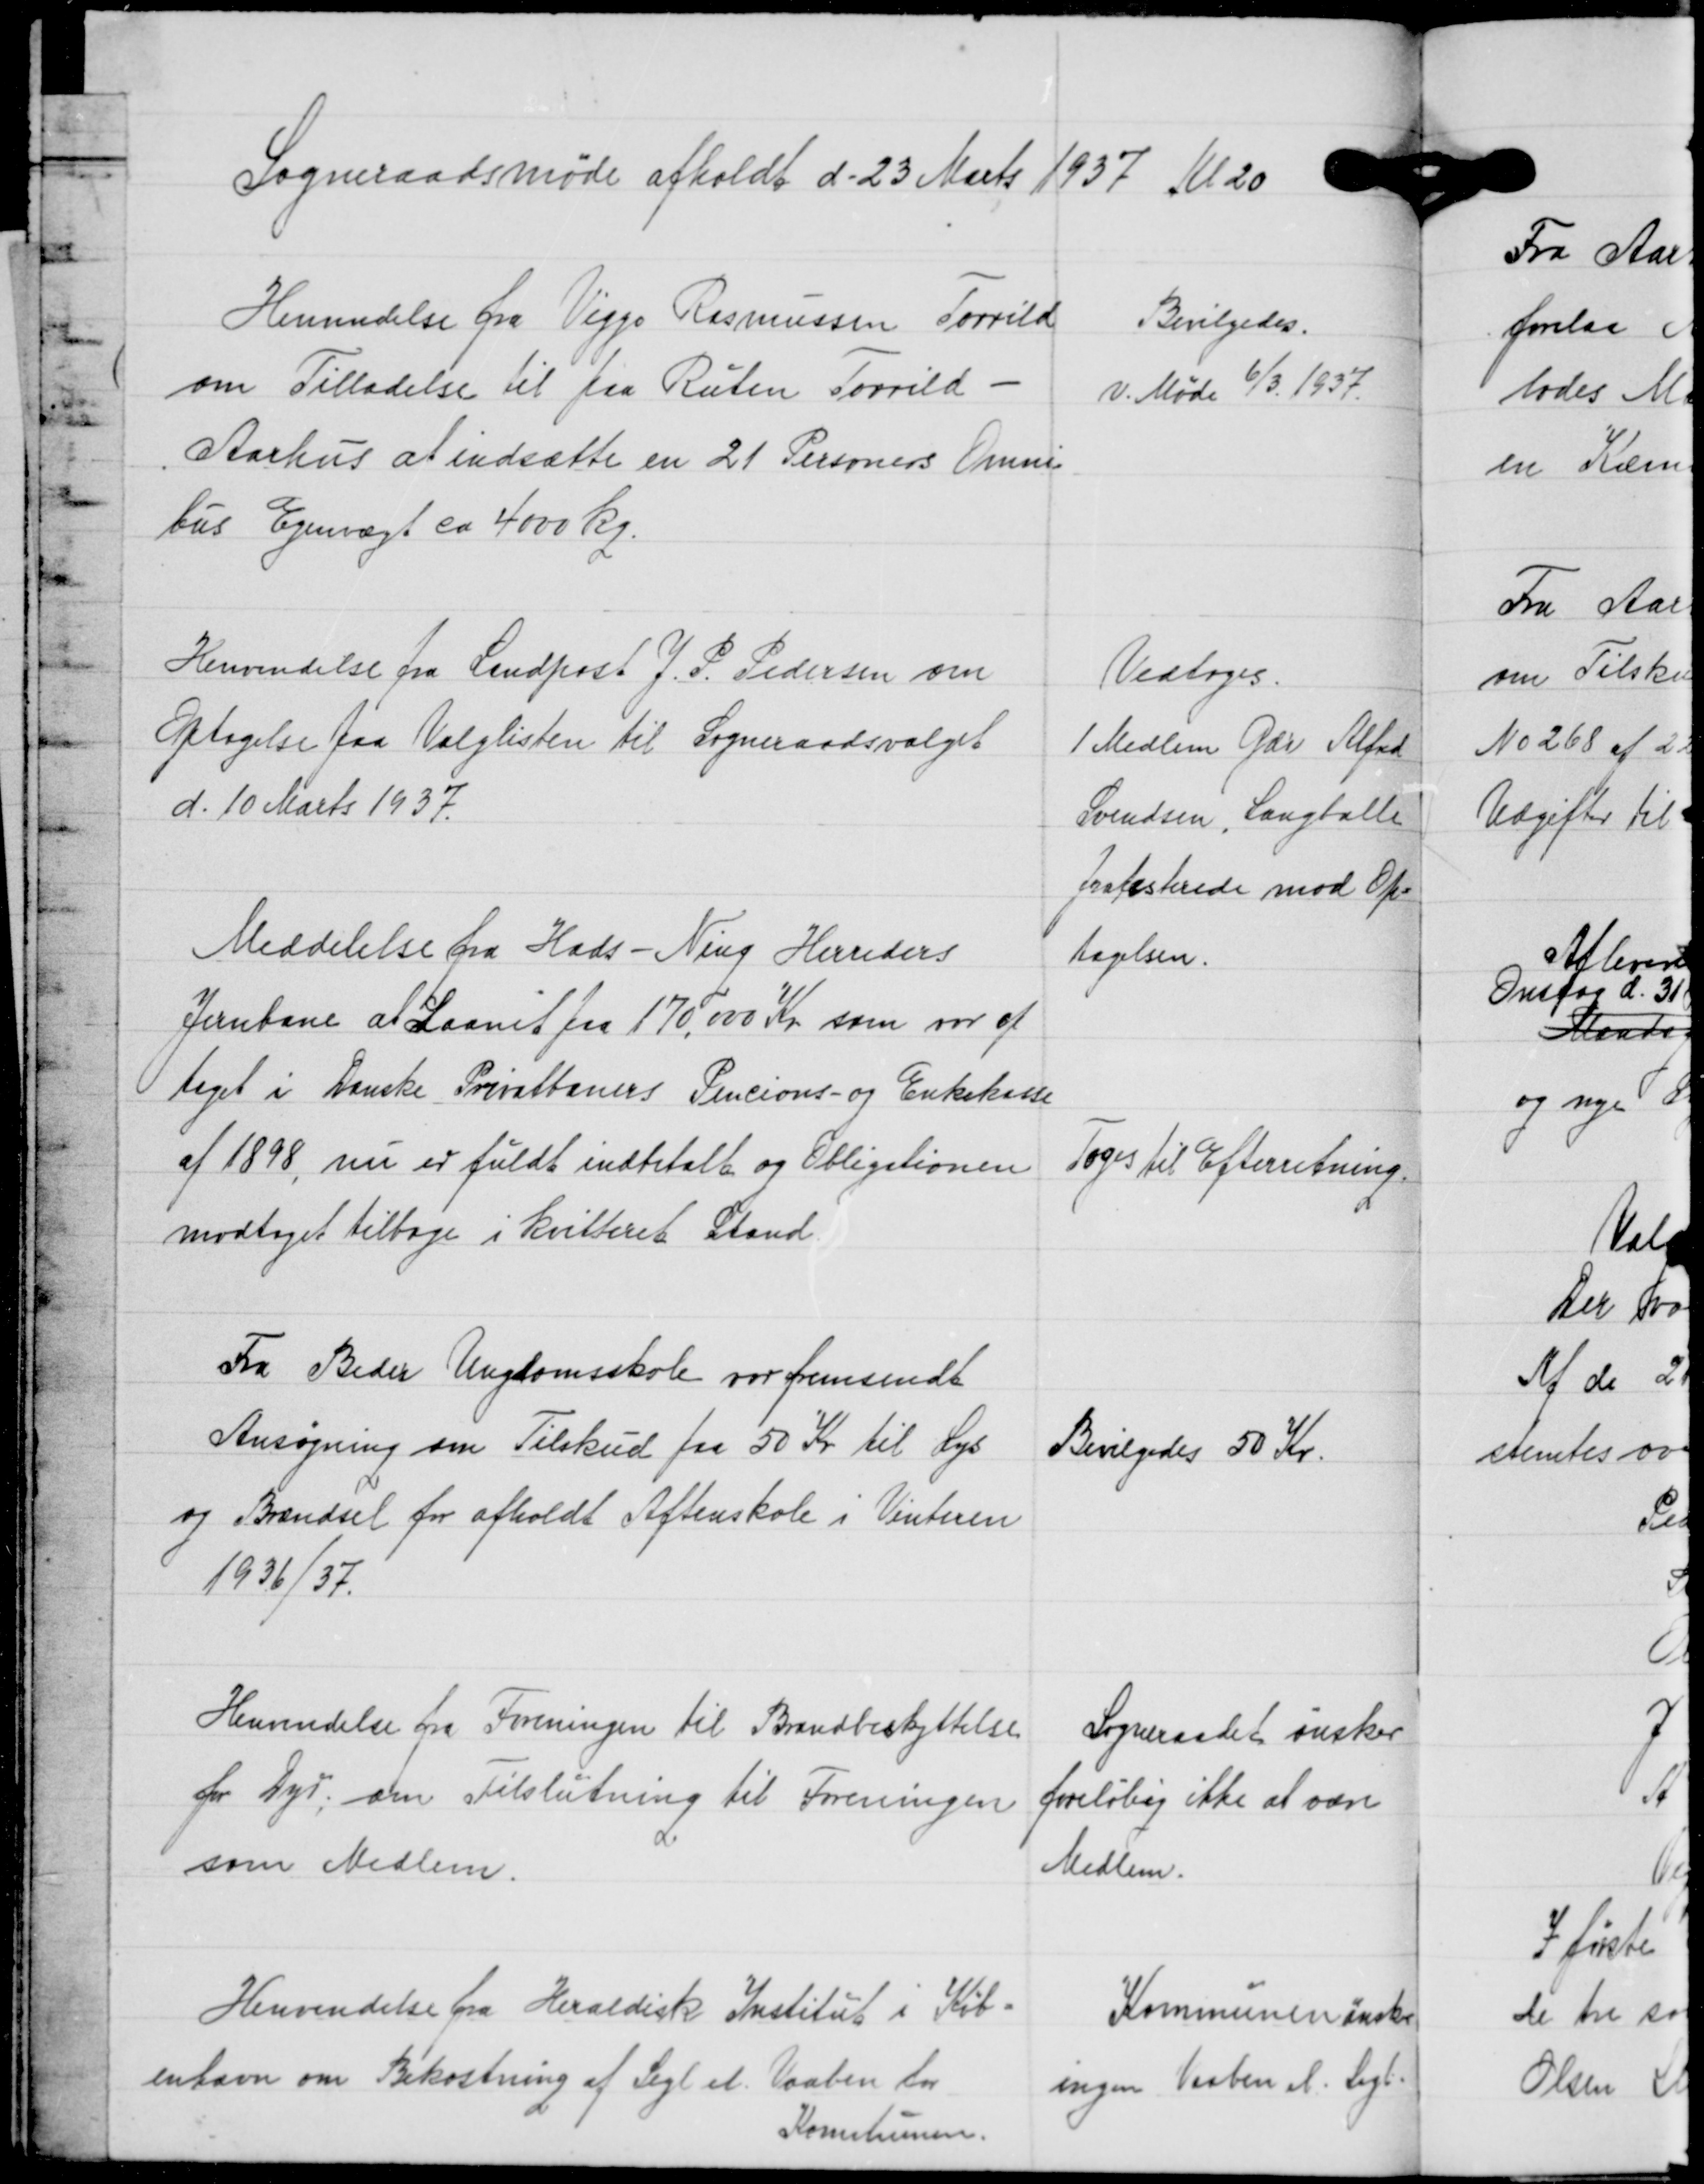
Transskription:
Sogneraadsmøde afholdt d. 23 Marts 1937 Kl 20

Henvendelse fra Viggo Rasmussen Torrild
om Tilladelse til paa Ruten Torrild -
Aarhus at indsætte en 21 Personers Omni-
bus Egenvægt ca. 4000 kg.

Bevilgedes.
v. Møde 6/3. 1937.

Henvendelse fra Landpost J. P. Pedersen om
Optagelse paa Valglisten til Sogneraadsvalget
d. 10 Marts 1937.

Vedtoges.
1 Medlem Gdr. Alfred
Svendsen, Langballe
protesterede mod Op-
tagelsen.

Meddelelse fra Hads-Ning Herreders
Jenbane at Laanet paa 170.000 Kr. som var op-
taget i Danske Privatbaners Pencions- og Enkekasse
af 1898, nu er fuldt indbetalt og Obligationen
modtaget tilbage i kvitteret Stand.

Toges til Efterretning.

Fra Beder Ungdomsskole var fremsendt
Ansøgning om Tilskud paa 50 Kr, til Lys
og Brændsel for afholdt Aftenskole i Vinteren
1936/37.

Bevilgedes 50 Kr.

Henvendelse fra Foreningen til Brandbeskyttelse
for Dyr, om Tilslutning til Foreningen
som Medlem.

Sogneraadet ønsker
foreløbig ikke at være
Medlem.

Henvendelse fra Heraldisk Institut i Køb-
enhavn om Bekostning af Segl el. Vaaben for
Kommunen.

Kommunen ønsker
ingen Vaaben el. Lign.